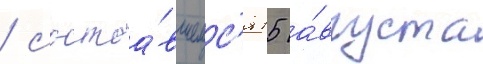
/ состоа́вшемс'я 15 а́вгуста